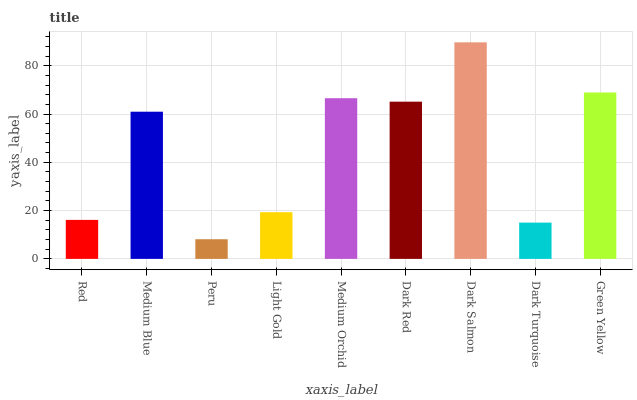
| xaxis_label | bars |
 | --- | --- |
 | Red | 16.1 |
 | Medium Blue | 61 |
 | Peru | 8.14 |
 | Light Gold | 19.3 |
 | Medium Orchid | 66.5 |
 | Dark Red | 65.1 |
 | Dark Salmon | 89.7 |
 | Dark Turquoise | 15 |
 | Green Yellow | 68.9 |